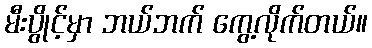
မီးပွိုင့်မှာ ဘယ်ဘက် ကွေ့လိုက်တယ်။